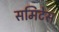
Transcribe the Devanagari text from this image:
समिटेस